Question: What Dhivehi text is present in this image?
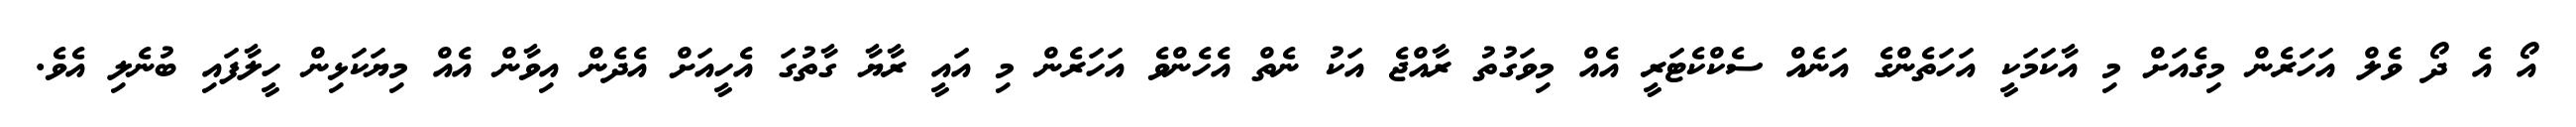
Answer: އޯ އެ ދޯ ވެލް އަހަރެން މިގެއަށް މި އާކަމަކީ އަހަތެންގެ އަނެއް ސެކްކެޓަރީ އެއް މިވަގުތު ރާއްޖެ އަކު ނެތް އެހެންވެ އަހަރެން މި އައީ ރާޔާ ގާތުގަ އެހީއަށް އެދެން އިވާން އެއް މިޔަކަޅިން ހީލާފައި ބުނެލި އެވެ.